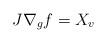
LaTeX: \begin{align*}J\nabla_gf=X_v\end{align*}